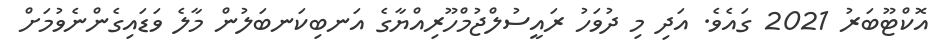
އޮކްޓޫބަރު 2021 ގައެވެ. އަދި މި ދުވަހު ރައީސުލްޖުމްހޫރިއްޔާގެ އަނބިކަނބަލުން މާލެ ވަޑައިގެންނެވުމަށް